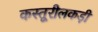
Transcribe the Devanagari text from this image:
कस्तूरीलकड़ी